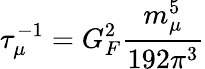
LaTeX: \tau_{\mu}^{-1}=G_{F}^{2}\frac{m_{\mu}^{5}}{192\pi^{3}}